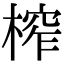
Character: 榨